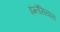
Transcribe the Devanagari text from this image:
इंग्लेसियास